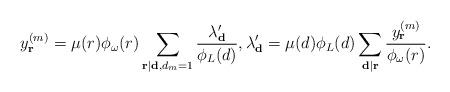
LaTeX: \begin{align*}y_{\mathbf{r}}^{(m)}=\mu(r)\phi_\omega(r)\sum_{\mathbf{r}|\mathbf{d},d_m=1}\frac{\lambda'_{\mathbf{d}}}{\phi_L(d)},\lambda_{\mathbf{d}}'=\mu(d)\phi_L(d)\sum_{\mathbf{d}|\mathbf{r}}\frac{y^{(m)}_{\mathbf{r}}}{\phi_\omega(r)}.\end{align*}